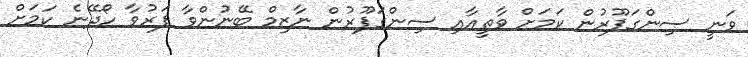
ވަނީ ސިންގަޕޫރުން ކަމަށް ވާތީއާއި ސިންގަޕޫރުން ނާޒިމް ބޭނުންވާ ފަރުވާ ހޯދޭނެ ކަމަށް